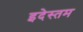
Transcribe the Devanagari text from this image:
इदेस्तम